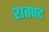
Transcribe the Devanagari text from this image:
शतपदं